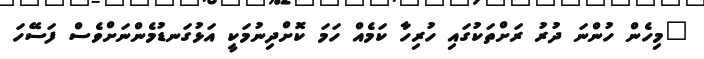
"މިހެން ހުންނަ ދުރު ރަށްތަކުގައި ހުރިހާ ކަމެއް ހަމަ ކޮށްދިނުމަކީ އަޅުގަނޑުމެންނަށްވެސް ފަސޭހަ